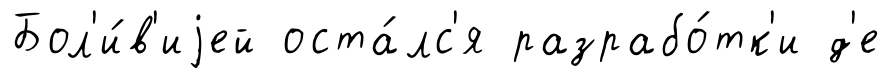
Бол'и́в'иjей оста́лс'я разрабо́тк'и д'е